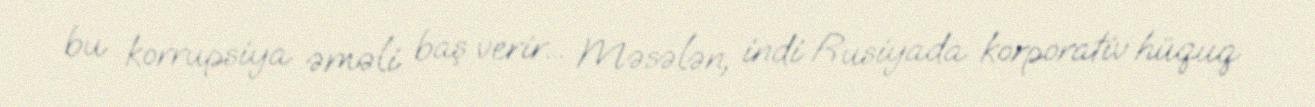
bu korrupsiya əməli baş verir... Məsələn, indi Rusiyada korporativ hüquq